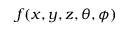
f ( x , y , z , \theta , \phi )